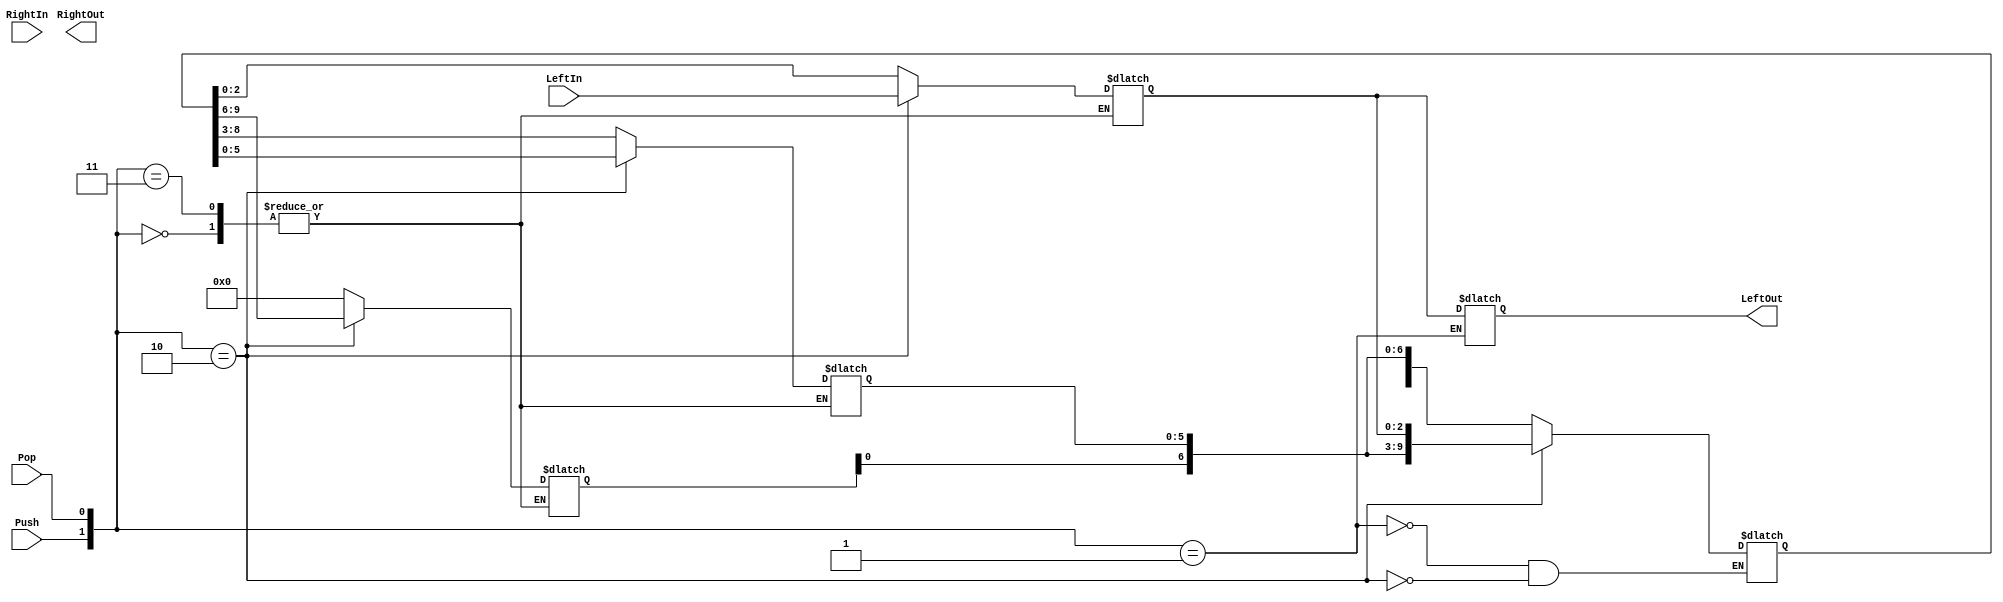
module MovePopRegister(LeftIn,LeftOut,RightIn,RightOut,Push,Pop);
input Push;
input Pop;
input [2:0]LeftIn;
input [2:0]RightIn;
output reg [2:0]LeftOut;
output reg [2:0]RightOut;
parameter W=3;//node width
parameter S=4;//number of nodes should be 32
parameter L=S*W;//overall length of array
reg [L:0]store;//stores 128/4 moves = 32 moves
//inout reg [L:0]Down;
reg [L-W:0]tempStore;
//array Left [0,W,W*2,...,L-W,W*S or L] Right

always@(*)
begin
case({Push,Pop})
	2'd0:	store=store;//push=0, pop=0;
	2'd1:	//push=0 pop=1 
		begin
			LeftOut<=store[W:0];
			tempStore<=store[L:W];
			store[L-W:0]<=tempStore;
			store[L:L-W]<=8'd0;
		end
	2'd2:	//push=1 pop=0;
		begin
			tempStore<=store[L-W:0];
			store[W:0]<=LeftIn;
			store[L:W]<=tempStore;
		end
	2'd3://push=1 pop =1; Transfer all
		begin
			//Down<=store;
			store<=store;
			//store<=Down;
		end
endcase
end

endmodule